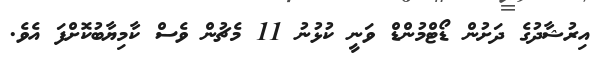
އިރުޝާދުގެ ދަށުން ޑޯޓްމުންޑް ވަނީ ކުޅުނު 11 މެޗުން ވެސް ކާމިޔާބުކޮށްފަ އެވެ.